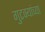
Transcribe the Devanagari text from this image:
गुटक्यांच्या